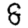
Digit: 8